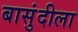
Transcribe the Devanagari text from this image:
बासुंदीला